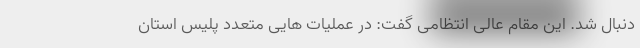
دنبال شد. این مقام عالی انتظامی گفت: در عملیات هایی متعدد پلیس استان